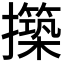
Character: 𭣊